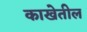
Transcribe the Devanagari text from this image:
काखेतील